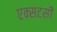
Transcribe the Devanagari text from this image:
एक्सटसी